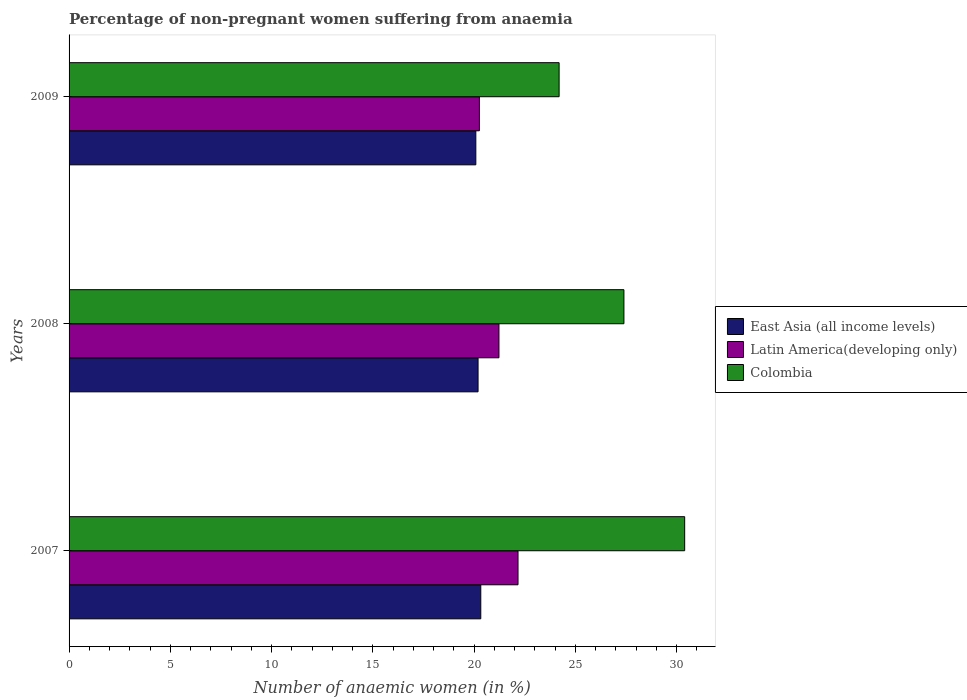
| Years | East Asia (all income levels) | Latin America(developing only) | Colombia |
 | --- | --- | --- | --- |
 | 2007 | 20.3 | 22.2 | 30.4 |
 | 2008 | 20.2 | 21.2 | 27.4 |
 | 2009 | 20.1 | 20.3 | 24.2 |